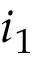
i _ { 1 }